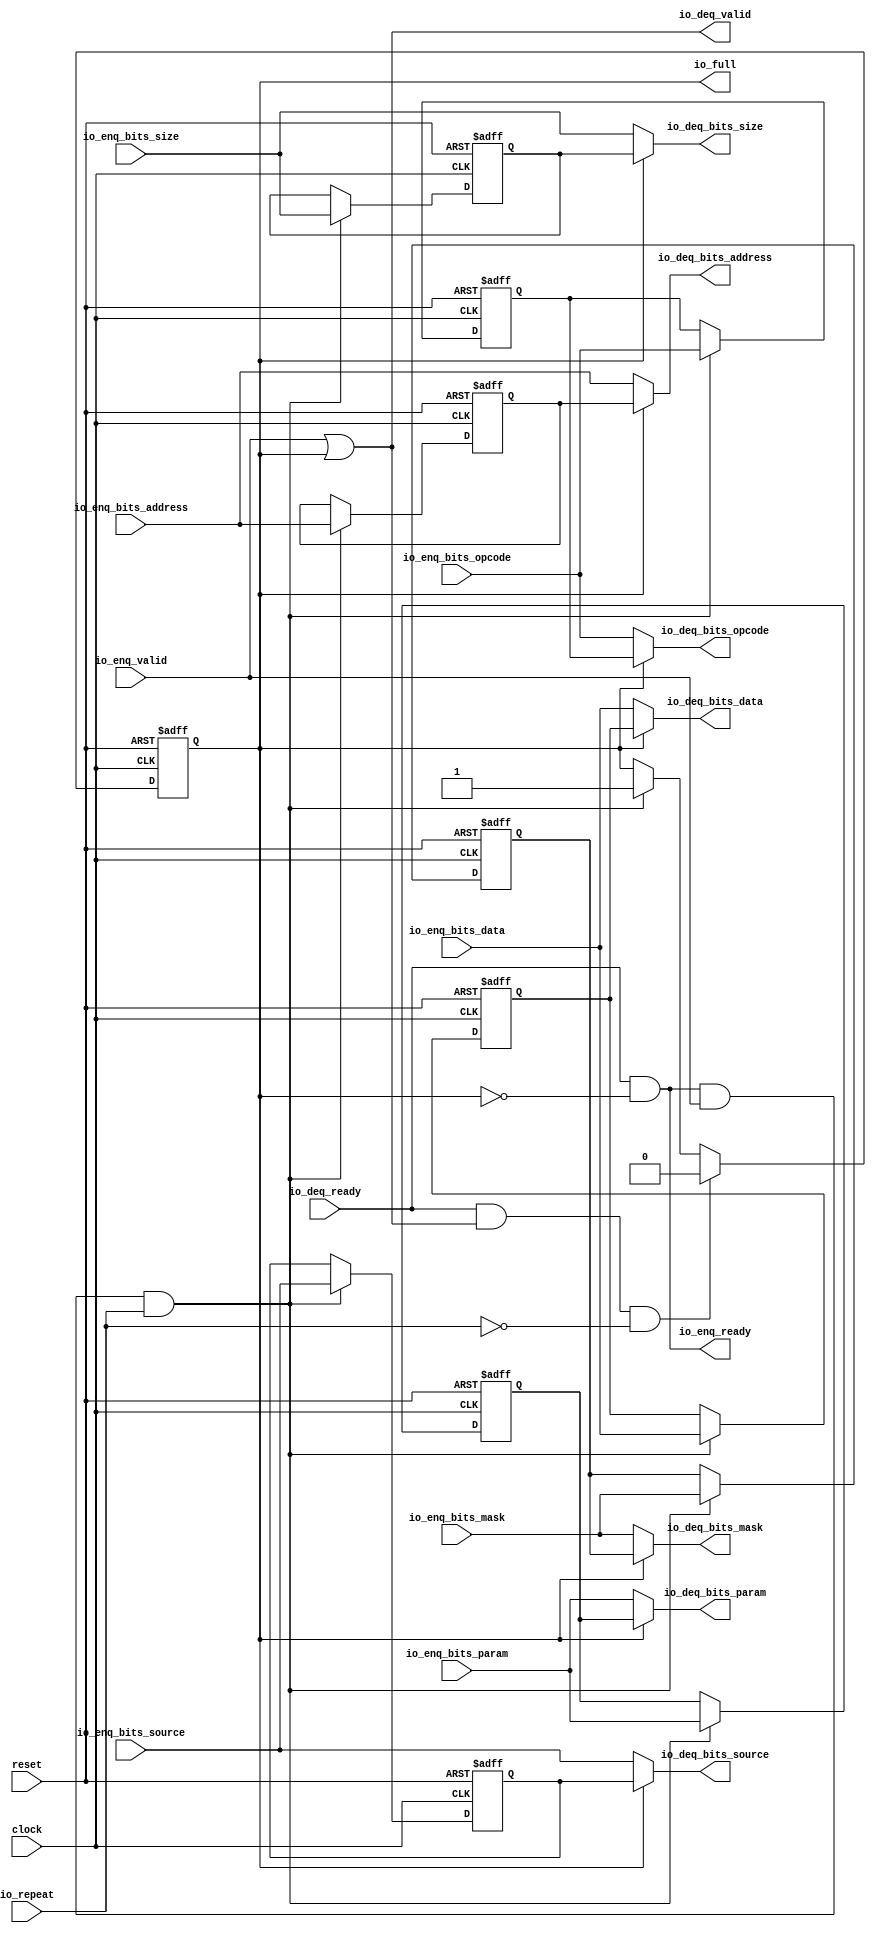
 /*                                                                      
 Copyright 2018-2020 Nuclei System Technology, Inc.                
                                                                         
 Licensed under the Apache License, Version 2.0 (the "License");         
 you may not use this file except in compliance with the License.        
 You may obtain a copy of the License at                                 
                                                                         
     http://www.apache.org/licenses/LICENSE-2.0                          
                                                                         
  Unless required by applicable law or agreed to in writing, software    
 distributed under the License is distributed on an "AS IS" BASIS,       
 WITHOUT WARRANTIES OR CONDITIONS OF ANY KIND, either express or implied.
 See the License for the specific language governing permissions and     
 limitations under the License.                                          
 */                                                                      
                                                                         
                                                                         
                                                                         

module sirv_repeater_6(
  input   clock,
  input   reset,
  input   io_repeat,
  output  io_full,
  output  io_enq_ready,
  input   io_enq_valid,
  input  [2:0] io_enq_bits_opcode,
  input  [2:0] io_enq_bits_param,
  input  [2:0] io_enq_bits_size,
  input  [1:0] io_enq_bits_source,
  input  [29:0] io_enq_bits_address,
  input   io_enq_bits_mask,
  input  [7:0] io_enq_bits_data,
  input   io_deq_ready,
  output  io_deq_valid,
  output [2:0] io_deq_bits_opcode,
  output [2:0] io_deq_bits_param,
  output [2:0] io_deq_bits_size,
  output [1:0] io_deq_bits_source,
  output [29:0] io_deq_bits_address,
  output  io_deq_bits_mask,
  output [7:0] io_deq_bits_data
);
  reg  full;
  reg [31:0] GEN_9;
  reg [2:0] saved_opcode;
  reg [31:0] GEN_10;
  reg [2:0] saved_param;
  reg [31:0] GEN_11;
  reg [2:0] saved_size;
  reg [31:0] GEN_12;
  reg [1:0] saved_source;
  reg [31:0] GEN_13;
  reg [29:0] saved_address;
  reg [31:0] GEN_14;
  reg  saved_mask;
  reg [31:0] GEN_15;
  reg [7:0] saved_data;
  reg [31:0] GEN_16;
  wire  T_77;
  wire  T_79;
  wire  T_80;
  wire [2:0] T_81_opcode;
  wire [2:0] T_81_param;
  wire [2:0] T_81_size;
  wire [1:0] T_81_source;
  wire [29:0] T_81_address;
  wire  T_81_mask;
  wire [7:0] T_81_data;
  wire  T_89;
  wire  T_90;
  wire  GEN_0;
  wire [2:0] GEN_1;
  wire [2:0] GEN_2;
  wire [2:0] GEN_3;
  wire [1:0] GEN_4;
  wire [29:0] GEN_5;
  wire  GEN_6;
  wire [7:0] GEN_7;
  wire  T_92;
  wire  T_94;
  wire  T_95;
  wire  GEN_8;
  assign io_full = full;
  assign io_enq_ready = T_80;
  assign io_deq_valid = T_77;
  assign io_deq_bits_opcode = T_81_opcode;
  assign io_deq_bits_param = T_81_param;
  assign io_deq_bits_size = T_81_size;
  assign io_deq_bits_source = T_81_source;
  assign io_deq_bits_address = T_81_address;
  assign io_deq_bits_mask = T_81_mask;
  assign io_deq_bits_data = T_81_data;
  assign T_77 = io_enq_valid | full;
  assign T_79 = full == 1'h0;
  assign T_80 = io_deq_ready & T_79;
  assign T_81_opcode = full ? saved_opcode : io_enq_bits_opcode;
  assign T_81_param = full ? saved_param : io_enq_bits_param;
  assign T_81_size = full ? saved_size : io_enq_bits_size;
  assign T_81_source = full ? saved_source : io_enq_bits_source;
  assign T_81_address = full ? saved_address : io_enq_bits_address;
  assign T_81_mask = full ? saved_mask : io_enq_bits_mask;
  assign T_81_data = full ? saved_data : io_enq_bits_data;
  assign T_89 = io_enq_ready & io_enq_valid;
  assign T_90 = T_89 & io_repeat;
  assign GEN_0 = T_90 ? 1'h1 : full;
  assign GEN_1 = T_90 ? io_enq_bits_opcode : saved_opcode;
  assign GEN_2 = T_90 ? io_enq_bits_param : saved_param;
  assign GEN_3 = T_90 ? io_enq_bits_size : saved_size;
  assign GEN_4 = T_90 ? io_enq_bits_source : saved_source;
  assign GEN_5 = T_90 ? io_enq_bits_address : saved_address;
  assign GEN_6 = T_90 ? io_enq_bits_mask : saved_mask;
  assign GEN_7 = T_90 ? io_enq_bits_data : saved_data;
  assign T_92 = io_deq_ready & io_deq_valid;
  assign T_94 = io_repeat == 1'h0;
  assign T_95 = T_92 & T_94;
  assign GEN_8 = T_95 ? 1'h0 : GEN_0;

  always @(posedge clock or posedge reset) 
    if (reset) begin
      full <= 1'h0;
    end else begin
      if (T_95) begin
        full <= 1'h0;
      end else begin
        if (T_90) begin
          full <= 1'h1;
        end
      end
    end


  always @(posedge clock or posedge reset) 
  if (reset) begin
    saved_opcode <= 3'b0;
    saved_param <= 3'b0;
    saved_size <= 3'b0;
    saved_source <= 2'b0;
    saved_address <= 30'b0;
    saved_mask <= 1'b0;
    saved_data <= 8'b0;
  end
  else begin

    if (T_90) begin
      saved_opcode <= io_enq_bits_opcode;
    end
    if (T_90) begin
      saved_param <= io_enq_bits_param;
    end
    if (T_90) begin
      saved_size <= io_enq_bits_size;
    end
    if (T_90) begin
      saved_source <= io_enq_bits_source;
    end
    if (T_90) begin
      saved_address <= io_enq_bits_address;
    end
    if (T_90) begin
      saved_mask <= io_enq_bits_mask;
    end
    if (T_90) begin
      saved_data <= io_enq_bits_data;
    end
  end

endmodule